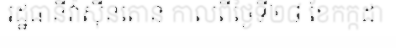
រដ្ឋធានីវ៉ាស៊ីនតោន កាលពីថ្ងៃទី២៨ ខែកក្កដា